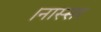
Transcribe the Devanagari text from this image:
।नास्सर